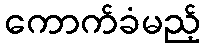
ကောက်ခံမည့်